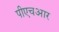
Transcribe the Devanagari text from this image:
पीएचआर